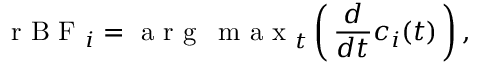
\textup { r B F } _ { i } = \textup { a r g \, m a x } _ { t } \left( \, \frac { d } { d t } c _ { i } ( t ) \, \right) ,